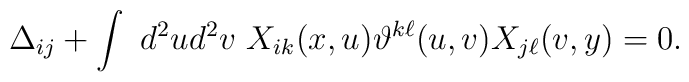
\Delta_{ij}+\int \ d^2ud^2v \ X_{ik}(x,u)\vartheta^{k\ell}(u,v)X_{j\ell}(v,y)=0.